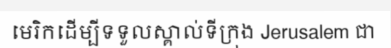
មេរិកដើម្បីទទួលស្គាល់ទីក្រុង Jerusalem ជា